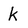
Character: k